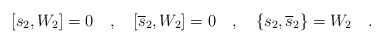
\begin{align*}[ s_2, W_2 ] = 0\quad,\quad[\overline{s}_2, W_2]=0\quad,\quad\{s_2,\overline{s}_2\}=W_2\quad.\end{align*}